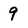
Character: 9